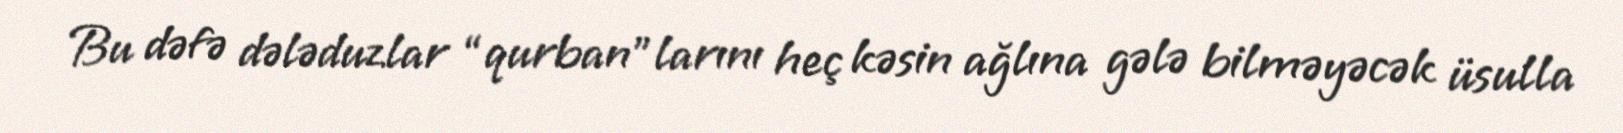
Bu dəfə dələduzlar “qurban”larını heç kəsin ağlına gələ bilməyəcək üsulla